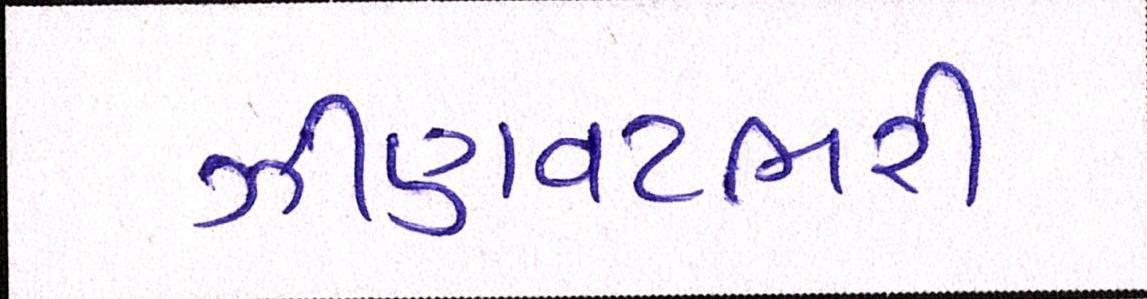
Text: ઝીણવટભરી